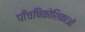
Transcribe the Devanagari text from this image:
पाँचषिकोशिकाओं